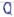
Text: Q